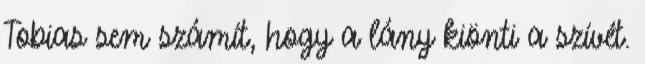
Tobias sem számít, hogy a lány kiönti a szívét.